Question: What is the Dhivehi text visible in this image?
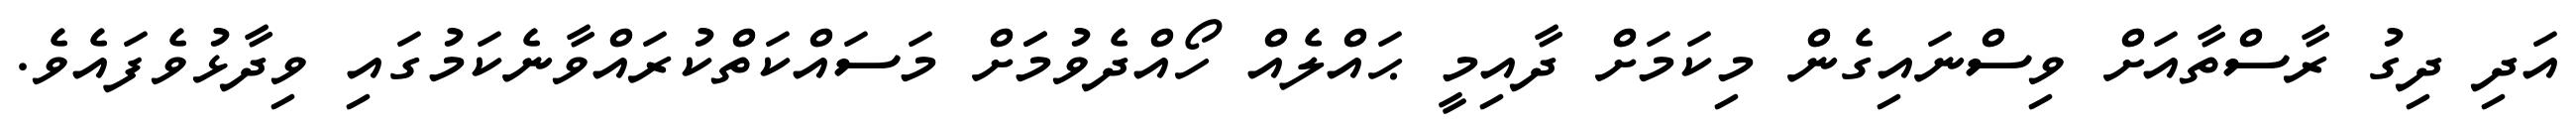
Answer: އަދި ދިގު ރާސްތާއަށް ވިސްނައިގެން މިކަމަށް ދާއިމީ ޙައްލެއް ހޯއްދެވުމަަށް މަސައްކަތްކުރައްވާނެކަމުގައި ވިދާޅުވެފައެވެ.